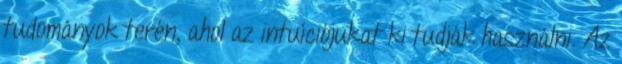
tudományok terén, ahol az intuíciójukat ki tudják használni. Az